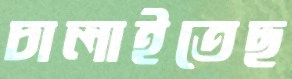
চালাইতেছ